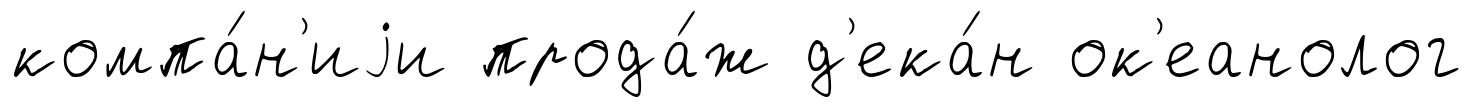
компа́н'иjи прода́ж д'ека́н ок'еанолог